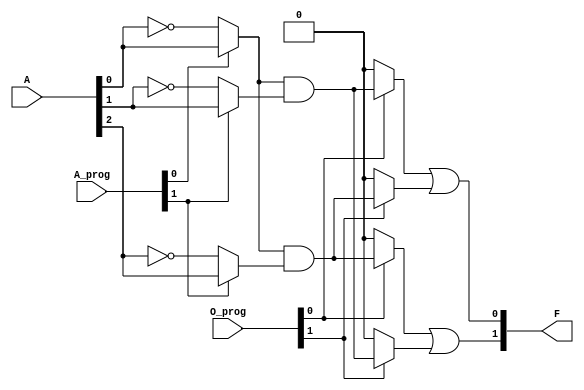
module PLA (
    input wire [2:0] A,      // 3 input lines A1, A2, A3
    input wire [1:0] A_prog,  // Programmability control for AND gate connections
    input wire [1:0] O_prog,  // Programmability control for OR gate connections
    output wire [1:0] F       // 2 output lines F1, F2
);

// Internal signals for AND gate outputs
wire and_out0; // Output of AND gate 0
wire and_out1; // Output of AND gate 1

// Programmable AND array
assign and_out0 = (A_prog[0] ? A[0] : ~A[0]) & (A_prog[1] ? A[1] : ~A[1]); // AND gate 0
assign and_out1 = (A_prog[0] ? A[0] : ~A[0]) & (A_prog[1] ? A[2] : ~A[2]); // AND gate 1

// Programmable OR array
assign F[0] = (O_prog[0] ? and_out0 : 1'b0) | (O_prog[1] ? and_out1 : 1'b0); // Output F1
assign F[1] = (O_prog[0] ? and_out1 : 1'b0) | (O_prog[1] ? and_out0 : 1'b0); // Output F2

endmodule